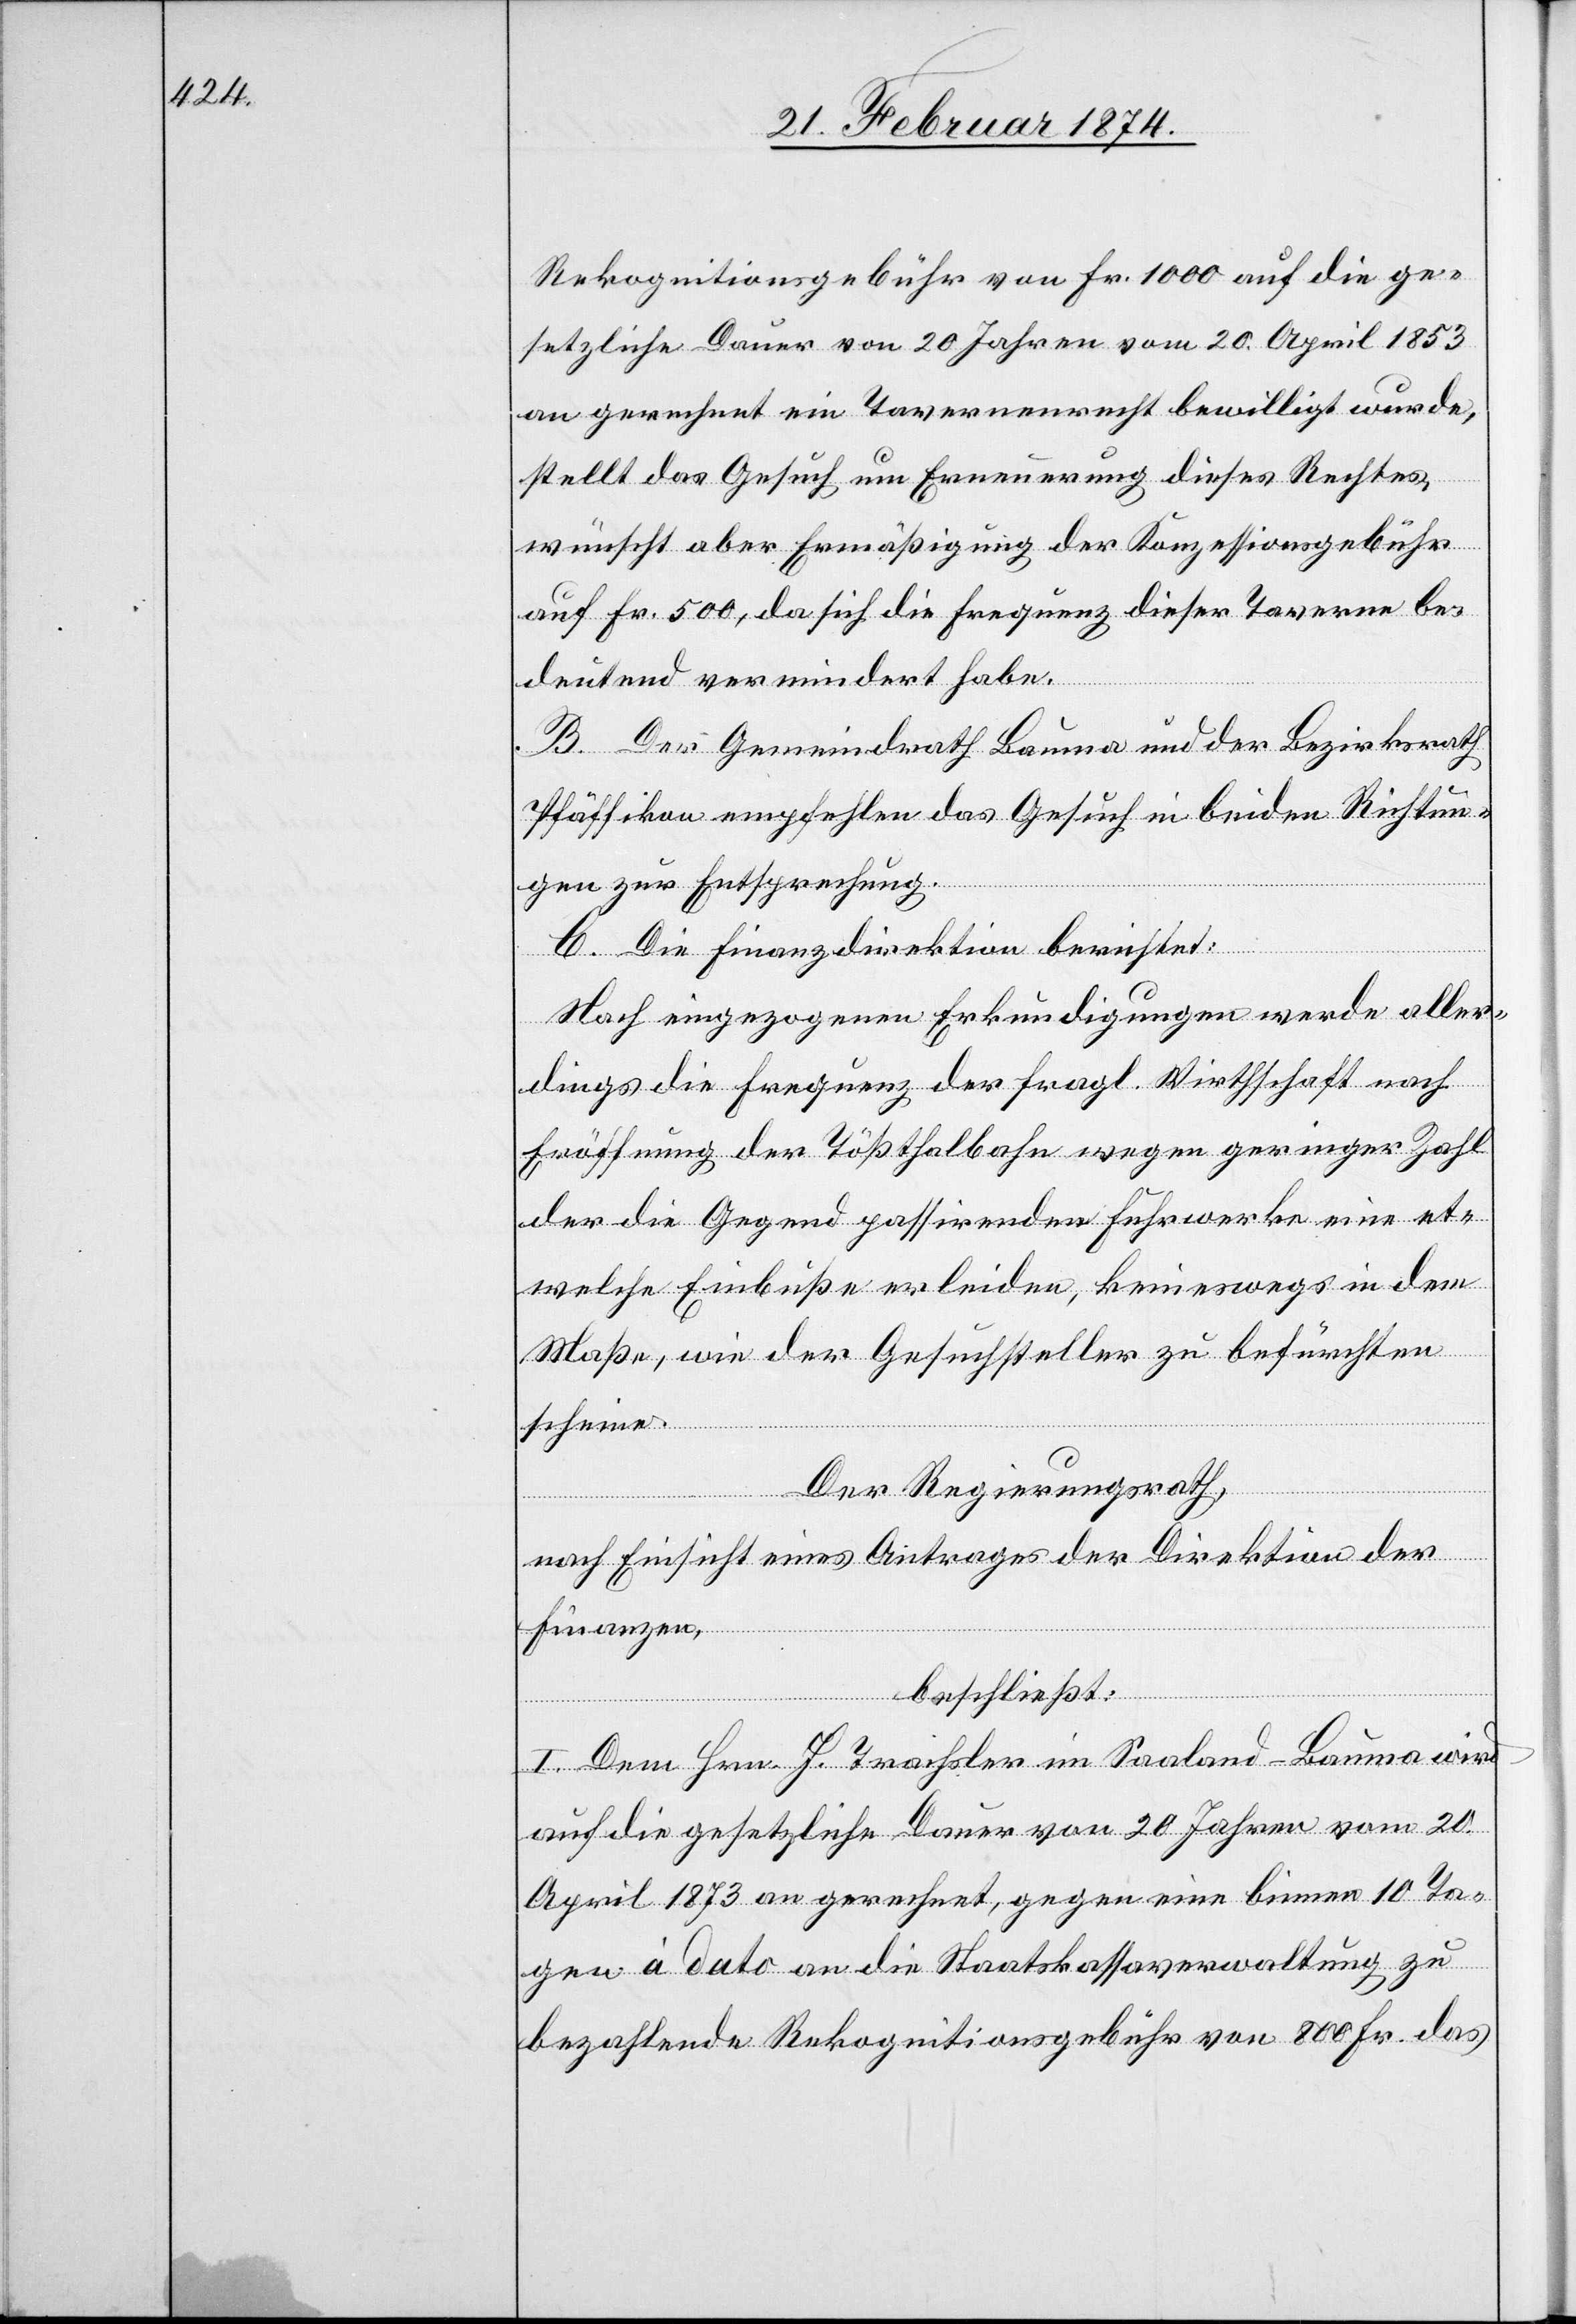
Rekognitionsgebühr von Fr. 1000 auf die ge¬
setzliche Dauer von 20 Jahren vom 20. April 1853
an gerechnet ein Tavernenrecht bewilligt wurde,
stellt das Gesuch um Erneuerung dieses Rechtes,
wünscht aber Ermäßigung der Konzessionsgebühr
auf Fr. 500, da sich die Frequenz dieser Taverne be¬
deutend vermindert habe.
B. Der Gemeindrath Bauma und der Bezirksrath
Pfäffikon empfehlen das Gesuch in beiden Richtun¬
gen zur Entsprechung.
C. Die Finanzdirektion berichtet:
Nach eingezogenen Erkundigungen werde aller¬
dings die Frequenz der fragl. Wirtschaft nach
Eröffnung der Tößthalbahn wegen geringer Zahl
der die Gegend passirenden Fuhrwerke eine et¬
welche Einbuße erleiden, keineswegs in dem
Maße, wie der Gesuchsteller zu befürchten
scheine.
Der Regierungsrath,
nach Einsicht eines Antrages der Direktion der
Finanzen ,
beschließt:
I. Dem Hrn. H. Trachsler im Saaland-Bauma wird
auf die gesetzliche Dauer von 20 Jahren vom 20.
April 1873 an gerechnet, gegen eine binnen 10 Ta¬
gen à dato an die Staatskassaverwaltung zu
bezahlende Rekognitionsgebühr von 800 Fr. das